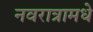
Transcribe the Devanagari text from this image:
नवरात्रामधे